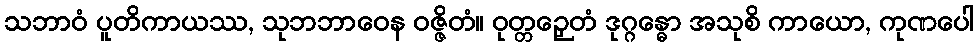
သဘာဝံ ပူတိကာယဿ, သုဘဘာဝေန ဝဇ္ဇိတံ။ ဝုတ္တဉှေတံ ဒုဂ္ဂန္ဓော အသုစိ ကာယော, ကုဏပေါ